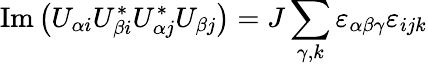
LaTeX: \operatorname{Im}\left(U_{\alpha i}U_{\beta i}^{*}U_{\alpha j}^{*}U_{\beta j}\right)=J\sum_{\gamma,k}\varepsilon_{\alpha\beta\gamma}\varepsilon_{ijk}